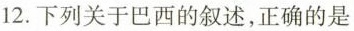
12.下列关于巴西的叙述，正确的是